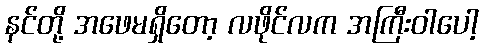
နင်တို့ အဖေမရှိတော့ လဖိုင်လက အကြီးဝါပေါ့